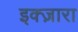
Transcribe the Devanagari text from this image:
इक्ज़ारा